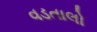
વડતાલો